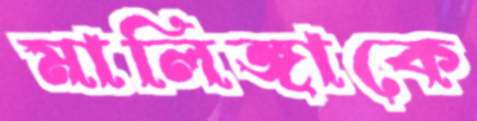
মালিঙ্গাকে